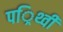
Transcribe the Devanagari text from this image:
पर्िथ्वी